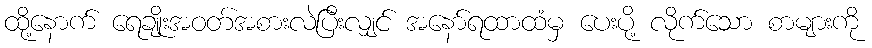
ထို့နောက် ရေချိုးအဝတ်အစားလဲပြီးလျှင် အနော်ရထာထံမှ ပေးပို့ လိုက်သော စာများကို